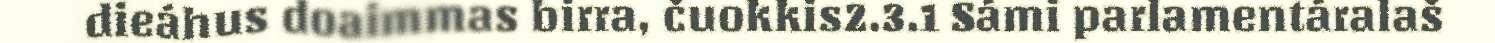
dieáhus doaimmas birra, čuokkis2.3.1 Sámi parlamentáralaš